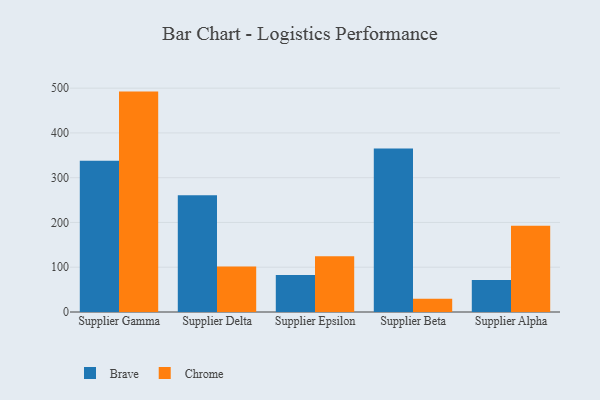
{"axis": {"x": "Supplier", "y": "Churn Rate (%)"}, "legend": ["Brave", "Chrome"], "data": [{"x": "Supplier Gamma", "y": 338.0, "type": "Brave"}, {"x": "Supplier Gamma", "y": 492.3, "type": "Chrome"}, {"x": "Supplier Delta", "y": 260.9, "type": "Brave"}, {"x": "Supplier Delta", "y": 101.5, "type": "Chrome"}, {"x": "Supplier Epsilon", "y": 82.7, "type": "Brave"}, {"x": "Supplier Epsilon", "y": 124.8, "type": "Chrome"}, {"x": "Supplier Beta", "y": 365.1, "type": "Brave"}, {"x": "Supplier Beta", "y": 29.4, "type": "Chrome"}, {"x": "Supplier Alpha", "y": 71.5, "type": "Brave"}, {"x": "Supplier Alpha", "y": 192.5, "type": "Chrome"}]}